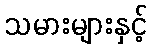
သမားများနှင့်